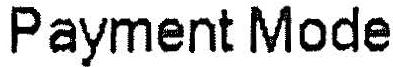
PAYMENT MODE